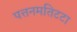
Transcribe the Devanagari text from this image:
पत्तनमतिटटा